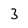
Character: 3